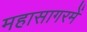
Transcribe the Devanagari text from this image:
महासागरमें